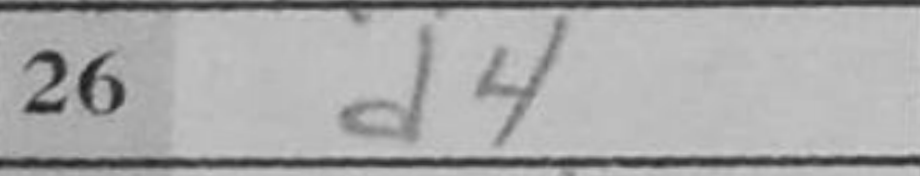
Transcription: d4